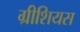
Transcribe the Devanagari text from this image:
ग्रीशियस